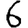
Digit: 6